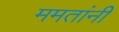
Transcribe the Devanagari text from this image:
ममतांनी